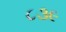
૮૩૯